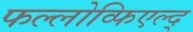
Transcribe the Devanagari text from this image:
फल्लोव्फिएल्द्